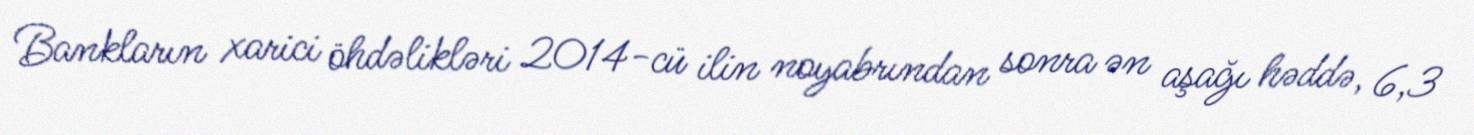
Bankların xarici öhdəlikləri 2014-cü ilin noyabrından sonra ən aşağı həddə, 6,3